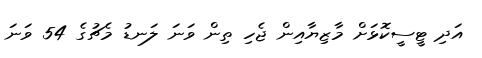
އަދި ޓީސީކޮޅަށް މާޒިޔާއިން ޖެހި ތިން ވަނަ ލަނޑު މެޗުގެ 54 ވަނަ